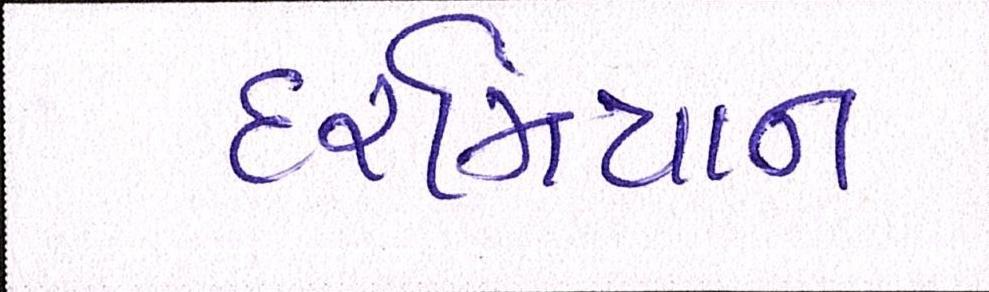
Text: દરમિયાન